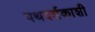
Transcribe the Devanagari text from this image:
पथदर्शकाशी